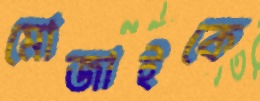
মোজাইকে